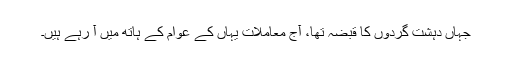
جہاں دہشت گردوں کا قبضہ تھا، آج معاملات یہاں کے عوام کے ہاتھ میں آ رہے ہیں۔